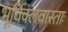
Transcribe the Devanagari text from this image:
भूर्विक्लवास्ताः